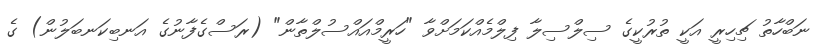
ނަބްހާތު ޗިހިރީ އަކީ ތުރުކީގެ ސިލްސިލާ ފިލްމެއްކަމަށްވާ "ހަރީމްއައްސުލްތާން" (ރަސްގެފާނުގެ އަނބިކަނބަލުން) ގެ